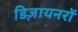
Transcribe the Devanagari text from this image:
डिज़ायनरों